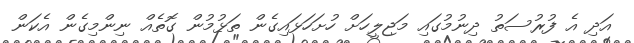
އަދި އެ ފުރުސަތު ދިނުމުގައި މަޖިލީހަށް ހުށަހަޅައިގެން ތަޅުމުން ގޮތެއް ނިންމިގެން އެކަން